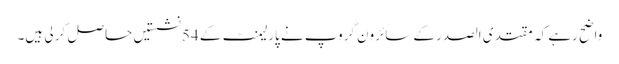
واضح رہے کہ مقتدی الصدر کے سائرون گروپ نے پارلیمنٹ کے 54 نشستیں حاصل کر لی ہیں۔